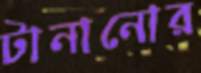
টানানোর